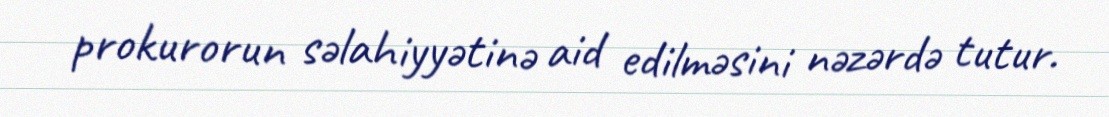
prokurorun səlahiyyətinə aid edilməsini nəzərdə tutur.